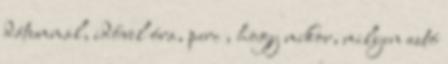
dátummal, idővel óra, perc , hogy mikor, milyen autó